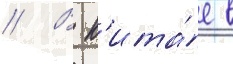
// В к'ита́е в